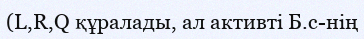
(L,R,Q құралады, ал активті Б.с-нің